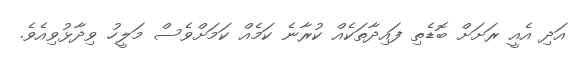
އަދި އެއީ ރަށަށް ބޮޑެތި ފައިދާތަކެއް ކުރާނެ ކަމެއް ކަމަށްވެސް މަލީހު ވިދާޅުވިއެވެ.